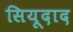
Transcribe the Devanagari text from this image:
सियूदाद